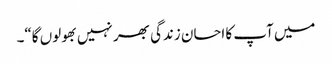
میں آپ کا احسان زندگی بھر نہیں بھولوں گا“۔